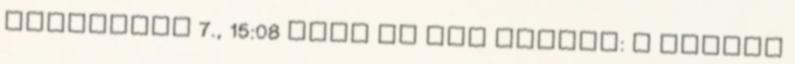
augusztus 7., 15:08 CEST És egy kérdés: A magyar